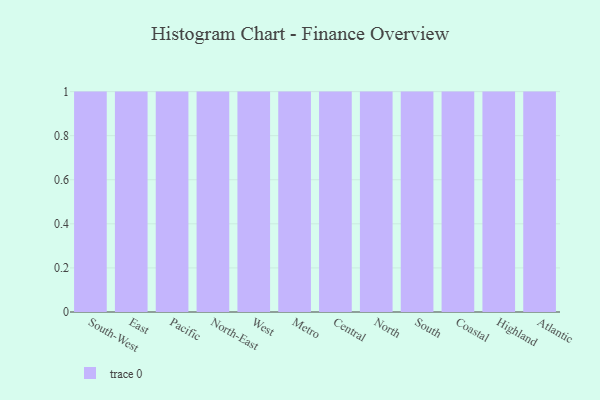
{"axis": {"x": "Region", "y": "Temperature (°C)"}, "legend": [""], "data": [{"x": "South-West", "y": 38, "type": ""}, {"x": "East", "y": 63, "type": ""}, {"x": "Pacific", "y": 100, "type": ""}, {"x": "North-East", "y": 25, "type": ""}, {"x": "West", "y": 86, "type": ""}, {"x": "Metro", "y": 19, "type": ""}, {"x": "Central", "y": 30, "type": ""}, {"x": "North", "y": 4, "type": ""}, {"x": "South", "y": 69, "type": ""}, {"x": "Coastal", "y": 28, "type": ""}, {"x": "Highland", "y": 74, "type": ""}, {"x": "Atlantic", "y": 34, "type": ""}]}